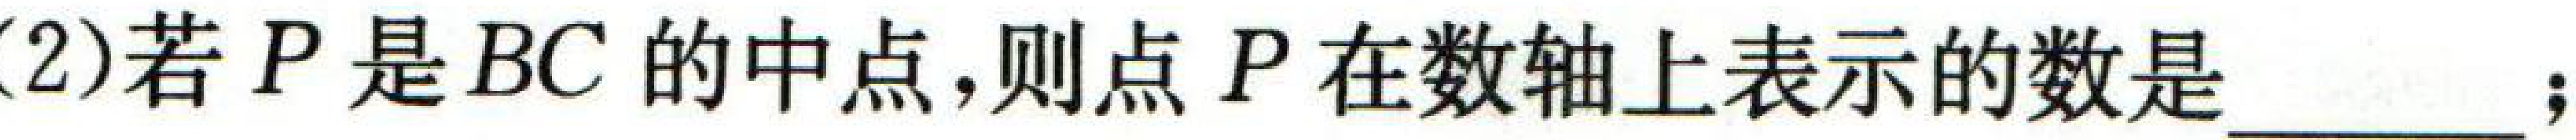
(2)若\(P\)是\(BC\)的中点,则点\(P\)在数轴上表示的数是  ；